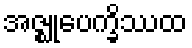
အဇ္ဈုပေက္ခိဿထ